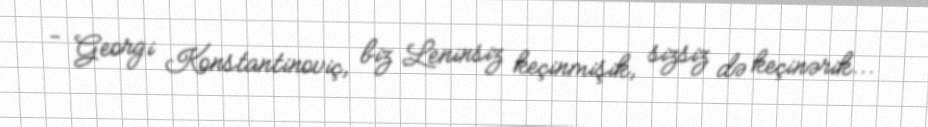
- Georgi Konstantinoviç, biz Leninsiz keçinmişik, sizsiz də keçinərik...